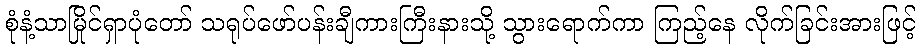
စုံနံ့သာမြိုင်ရှာပုံတော် သရုပ်ဖော်ပန်းချီကားကြီးနားသို့ သွားရောက်ကာ ကြည့်နေ လိုက်ခြင်းအားဖြင့်